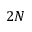
2 N